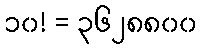
၁၀! = ၃၆၂၈၈၀၀